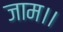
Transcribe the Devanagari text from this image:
जाम।।